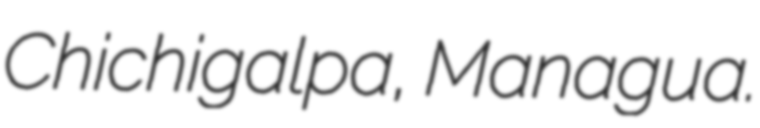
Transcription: Chichigalpa, Managua.